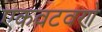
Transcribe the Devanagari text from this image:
एकवटवणे